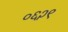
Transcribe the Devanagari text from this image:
०६२९